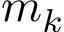
m _ { k }